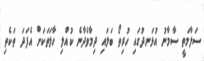
ސަލާމަތީ ސާމާނު އުޅަނދުގައި ހުރިތޯ ބަލައި ދިމާވެދާނެ ކުއްލި ހާލަތަކަށް އެފަދަ ތަކެތި